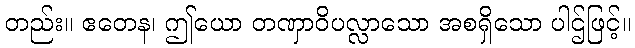
တည်း။ ဧတေန၊ ဤယော တဏှာဝိပလ္လာသော အစရှိသော ပါဌ်ဖြင့်။